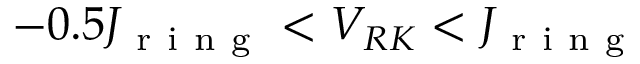
- 0 . 5 J _ { \mathrm { ~ r ~ i ~ n ~ g ~ } } < V _ { R K } < J _ { \mathrm { ~ r ~ i ~ n ~ g ~ } }